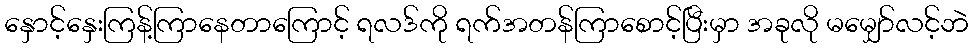
နှောင့်နှေးကြန့်ကြာနေတာကြောင့် ရလဒ်ကို ရက်အတန်ကြာစောင့်ပြီးမှာ အခုလို မမျှော်လင့်ဘဲ